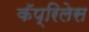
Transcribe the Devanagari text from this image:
कॅप्रिलेस